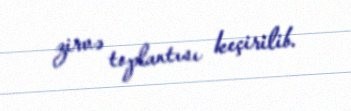
zirvə toplantısı keçirilib.